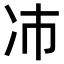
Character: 𫥀